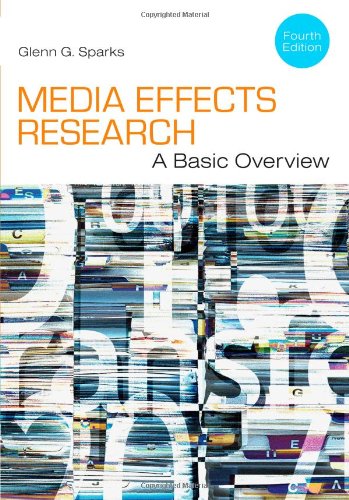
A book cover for Media Effects Research: A Basic Overview; Glenn G. Sparks; Business & Money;